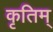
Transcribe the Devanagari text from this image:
कृतिम्